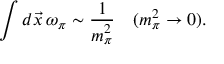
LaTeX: \int d \vec { x } \, \omega _ { \pi } \sim \frac 1 { m _ { \pi } ^ { 2 } } \quad ( m _ { \pi } ^ { 2 } \rightarrow 0 ) .